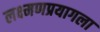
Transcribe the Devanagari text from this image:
लक्ष्मणप्रयागला